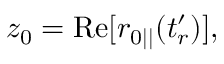
z _ { 0 } = \mathrm { R e } [ r _ { 0 | | } ( t _ { r } ^ { \prime } ) ] ,